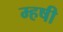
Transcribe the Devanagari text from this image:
म्हषी